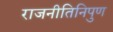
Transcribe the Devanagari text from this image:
राजनीतिनिपुण